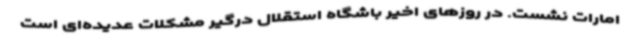
امارات نشست. در روزهای اخیر باشگاه استقلال درگیر مشکلات عدیده‌ای است